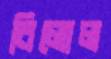
বিলোল